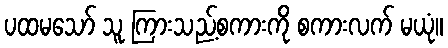
ပထမသော် သူ ကြားသည့်စကားကို စကားလက် မယုံ။